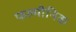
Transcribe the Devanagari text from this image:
फल्मीनिक